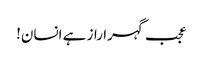
عجب گہرا راز ہے انسان!